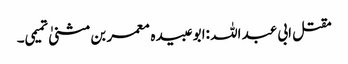
مقتل ابی عبد اللہ :ابو عبیدہ معمر بن مثنیٰ تمیمی۔